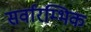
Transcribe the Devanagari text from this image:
सर्वारम्भिक